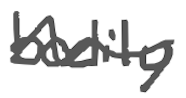
Text: bodily
Cross-out: wave
Writing tool: digital_gray